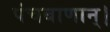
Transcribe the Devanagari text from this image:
पंचबाणान्‌।